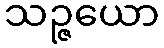
သဉ္ဇယော